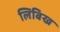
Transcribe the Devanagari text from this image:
लिबिख